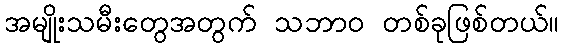
အမျိုးသမီးတွေအတွက် သဘာဝ တစ်ခုဖြစ်တယ်။